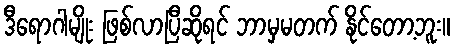
ဒီရောဂါမျိုး ဖြစ်လာပြီဆိုရင် ဘာမှမတက် နိုင်တော့ဘူး။